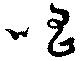
唱